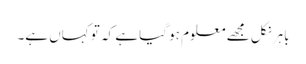
باہر نکل مجھے معلوم ہو گیا ہے کہ تو کہاں ہے۔